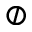
\oslash